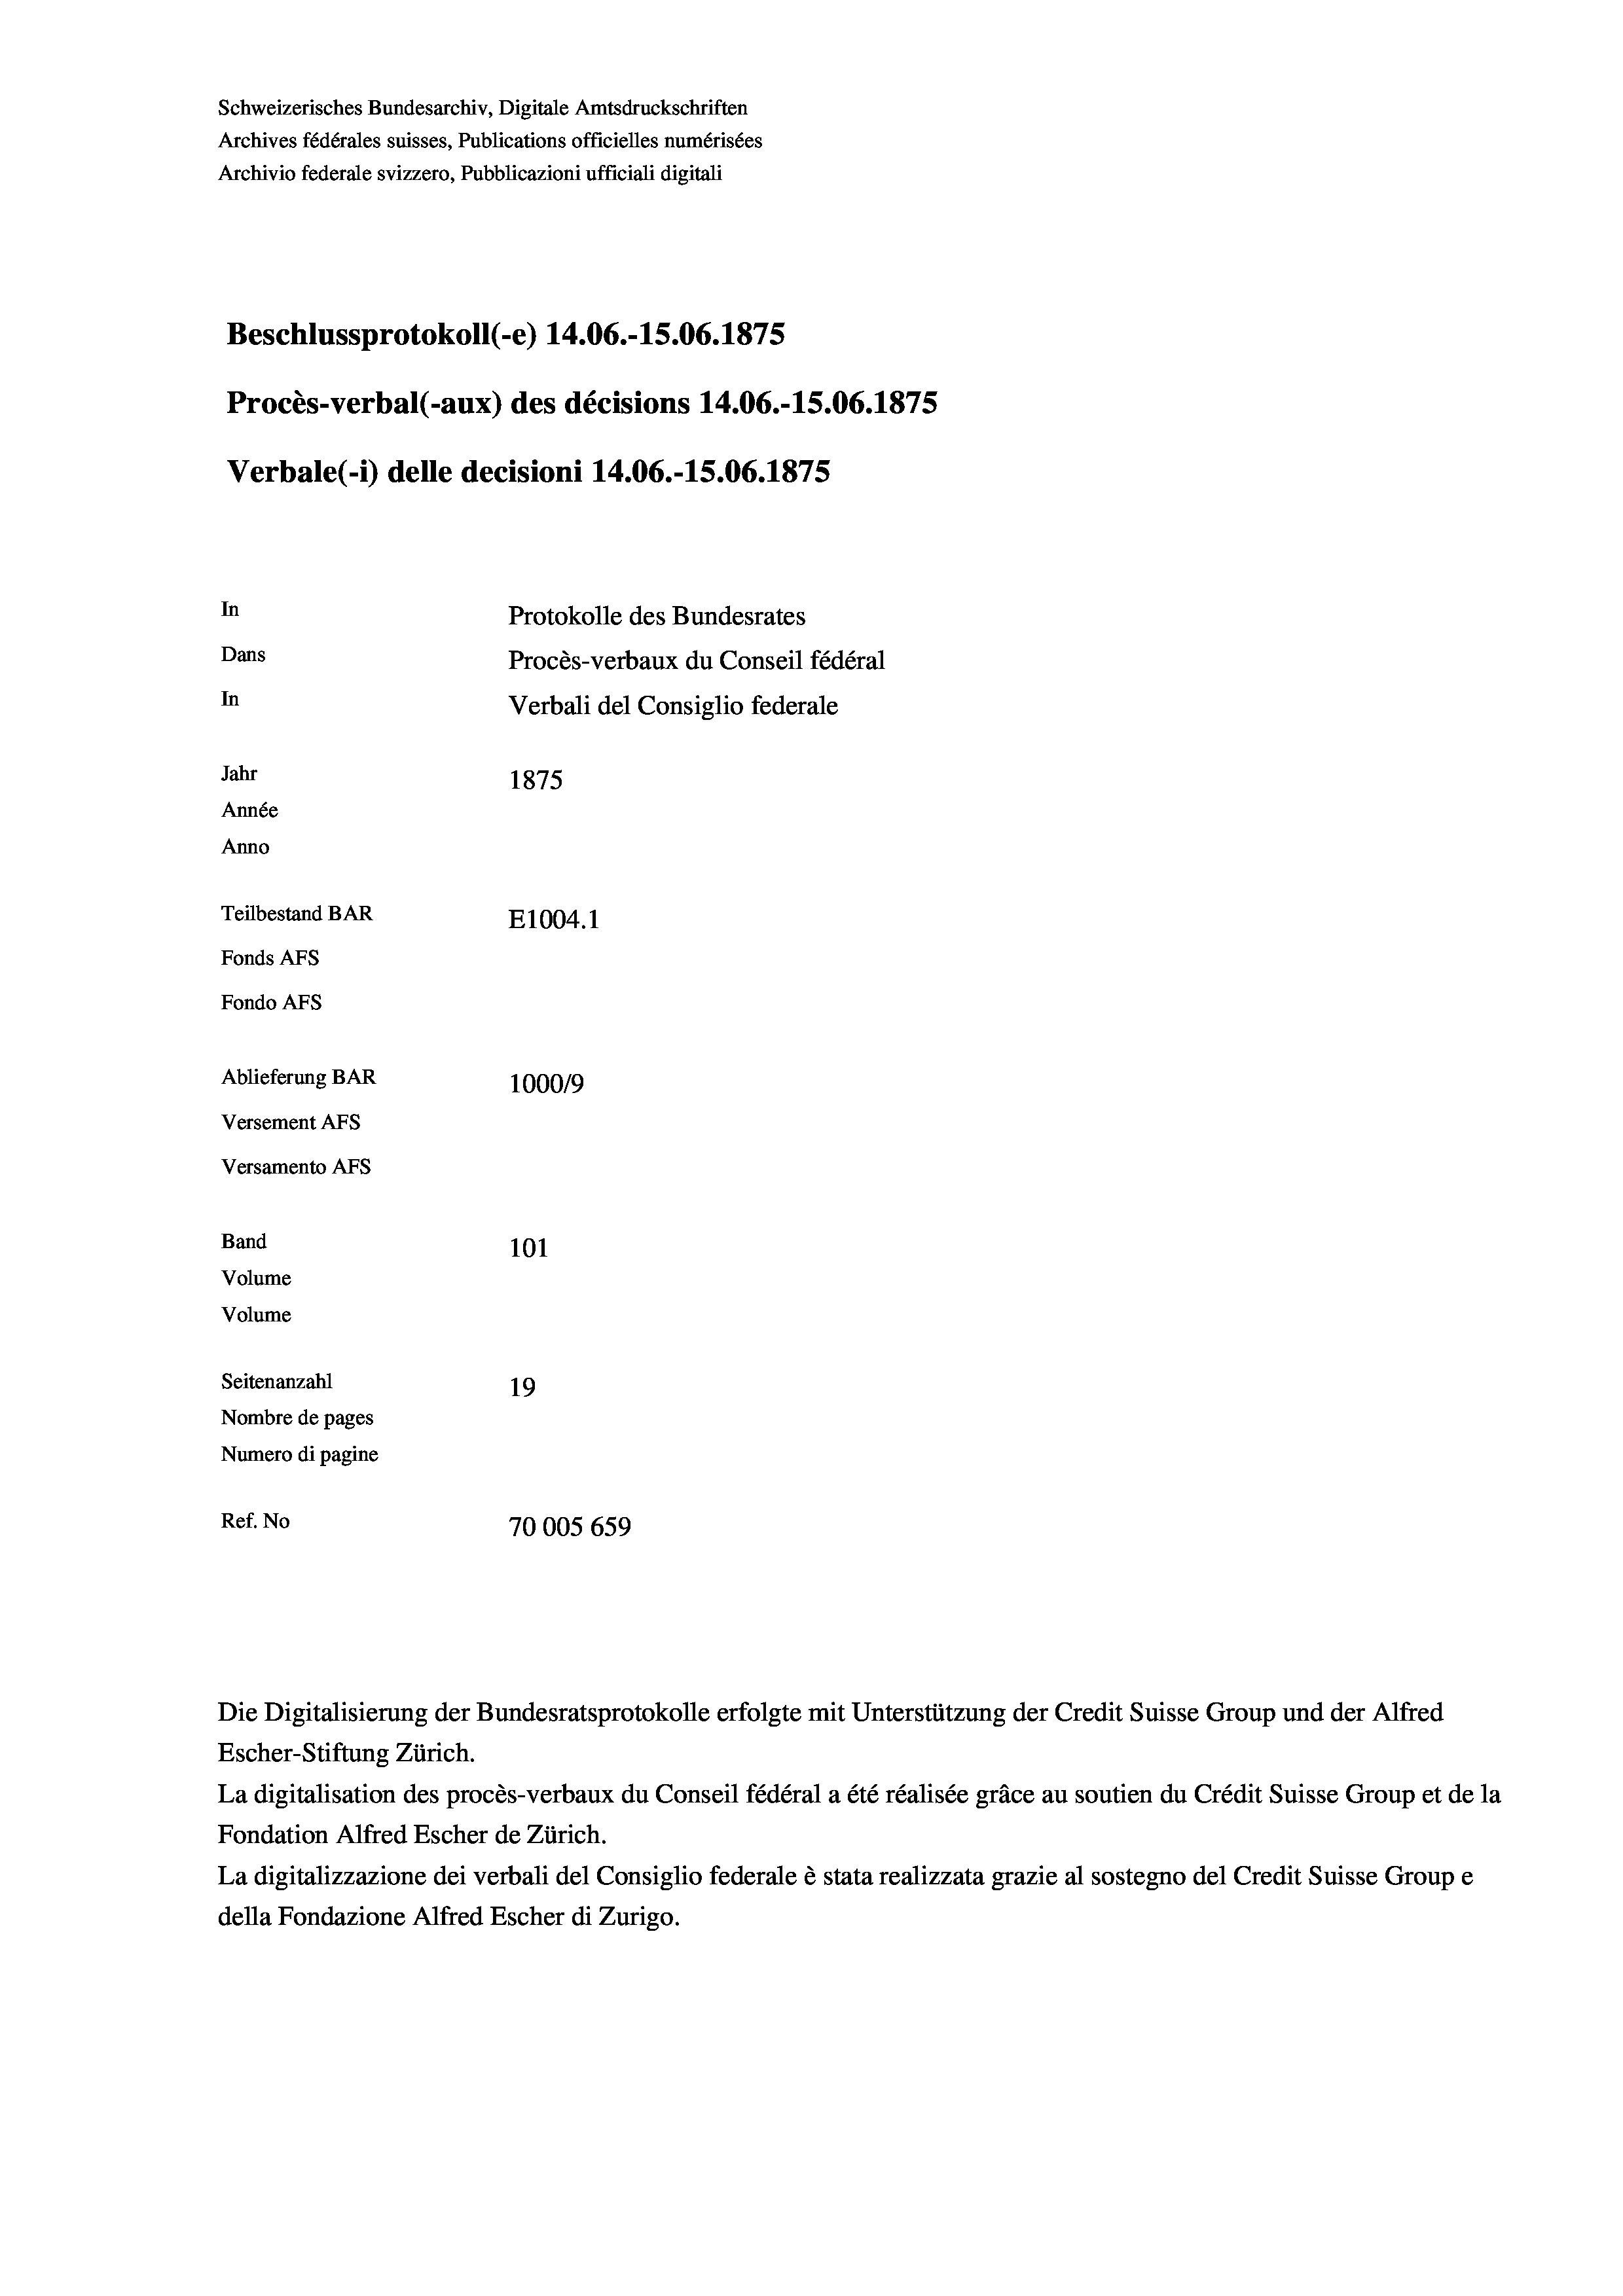
Schweizerisches Bundesarchiv, Digitale Amtsdruckschriften
Archives fédérales suisses, Publications officielles numérisées
Archivio federale svizzero, Pubblicazioni ufficiali digitali
Beschlussprotokoll (-e) 14.06.-15.06. 1875
Procès-verbal (-aux) des décisions 14.06.-15.06. 1875
Verbale(1) delle decisioni 14.06.-15.06. 1875
In
Protokolle des Bundesrates
Dans
Procès-verbaux du Conseil fédéral
In
Verbali del Consiglio federale
Jahr
1875
Année
Anno
Teilbestand BAR
E1004. 1
Fonds AFs
Fondo Afs
Ablieferung BAR
100019
Versement AFs
Versamento Afs
Band
101
Volume
Volume

Seitenanzahl
19
Nombre de pages
Numero di pagine
Ref. No
70005 659

Escher-Stiftung Zürich.
La digitalisation des procès-verbaux du Conseil fédéral a été réalisée gräce au soutien du Crédit Suisse Group et de la
Fondation Alfred Escher de Zürich.
La digitalizzazione dei verbali del Consiglio federale è stata realizzata grazie al sostegno del Credit Suisse Groupe
della Fondazione Alfred Escher di Zurigo.

Die Digitalisierung der Bundesratsprotokolle erfolgte mit Unterstützung der Credit Suisse Group und der Alfred